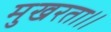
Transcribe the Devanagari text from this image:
मुखरता।।